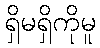
ရှိမရှိကိုမူ